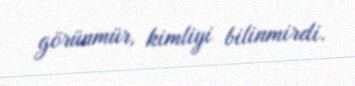
görünmür, kimliyi bilinmirdi.